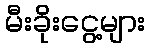
မီးခိုးငွေ့များ